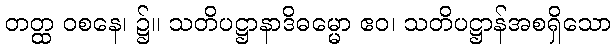
တတ္ထ ဝစနေ၊ ၌။ သတိပဋ္ဌာနာဒိဓမ္မော ဧဝ၊ သတိပဋ္ဌာန်အစရှိသော